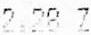
2.28 Z